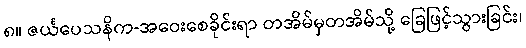
၈။ ဇင်္ယပေသနိက-အဝေးစေခိုင်းရာ တအိမ်မှတအိမ်သို့ ခြေဖြင့်သွားခြင်း၊